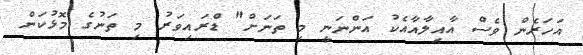
އަހަރެން ވެސް އާއިލާއާއެކު އަންނަނީ މި ތަނަށް" ޑްރައިވަރު މި ތަނުގެ މޮޅުކަން